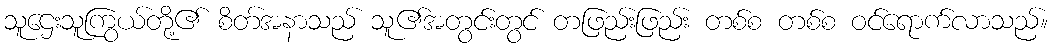
သူဌေးသူကြွယ်တို့၏ စိတ်အနာသည် သူ၏အတွင်းတွင် တဖြည်းဖြည်း တစ်စ တစ်စ ဝင်ရောက်လာသည်။